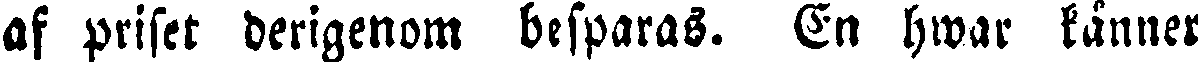
af priset derigenom besparas. En hwar känner